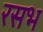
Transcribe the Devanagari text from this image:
रसभ